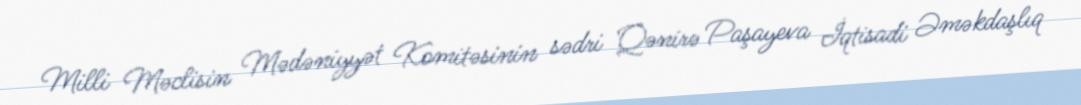
Milli Məclisin Mədəniyyət Komitəsinin sədri Qənirə Paşayeva İqtisadi Əməkdaşlıq